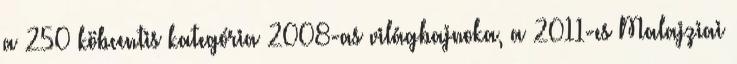
a 250 köbcentis kategória 2008-as világbajnoka, a 2011-es Malajziai